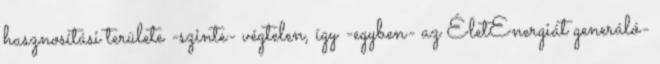
hasznosítási területe -szinte- végtelen, így -egyben- az ÉletEnergiát generáló-